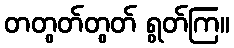
တတွတ်တွတ် ရွတ်ကြ။